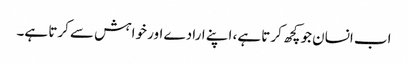
اب انسان جو کچھ کرتا ہے، اپنے ارادے اور خواہش سے کرتا ہے۔